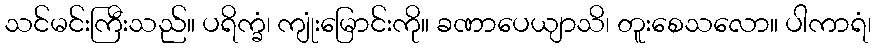
သင်မင်းကြီးသည်။ ပရိက္ခံ၊ ကျုံးမြောင်းကို။ ခဏာပေယျာသိ၊ တူးစေသလော။ ပါကာရံ၊